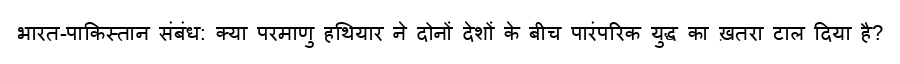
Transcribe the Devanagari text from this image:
भारत-पाकिस्तान संबंध: क्या परमाणु हथियार ने दोनों देशों के बीच पारंपरिक युद्ध का ख़तरा टाल दिया है?